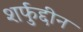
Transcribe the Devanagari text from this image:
शर्फुद्दीन